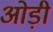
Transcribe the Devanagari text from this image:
ओड़ी